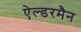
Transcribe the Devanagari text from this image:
ऐल्डरमैन